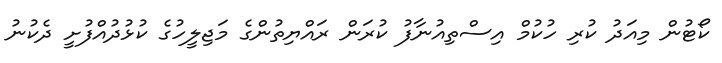
ކޯޓުން މިއަދު ކުރި ހުކުމް އިސްތިއުނާފު ކުރަން ރައްޔިތުންގެ މަޖިލީހުގެ ކުޅުދުއްފުށީ ދެކުނު